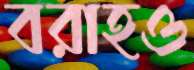
বরাহও